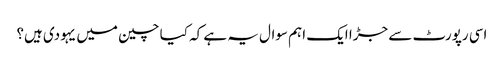
اسی رپورٹ سے جڑا ایک اہم سوال یہ ہے کہ کیا چین میں یہودی ہیں؟